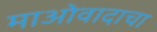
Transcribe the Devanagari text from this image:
माओवादाचा